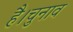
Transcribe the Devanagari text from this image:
है।चुनाव